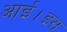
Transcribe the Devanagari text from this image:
आई।इस